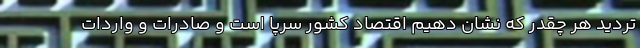
تردید هر چقدر که نشان دهیم اقتصاد کشور سرپا است و صادرات و واردات